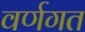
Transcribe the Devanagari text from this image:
वर्णगत